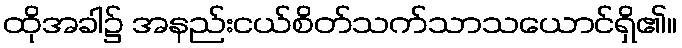
ထိုအခါ၌ အနည်းငယ်စိတ်သက်သာသယောင်ရှိ၏။